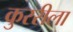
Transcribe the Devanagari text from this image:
कुररीला